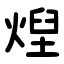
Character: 㷐